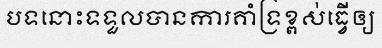
បទនោះទទួលបានការគាំំទ្រខ្ពស់ធ្វើឲ្យ